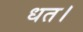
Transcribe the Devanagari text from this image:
धत।